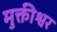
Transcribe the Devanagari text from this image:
मुक्तीश्वर